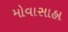
મોવાસાહા